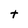
Character: t